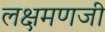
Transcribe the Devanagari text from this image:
लक्षमणजी